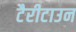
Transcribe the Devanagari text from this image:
टैरीटाउन